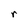
Character: r